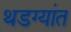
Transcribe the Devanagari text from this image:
थडग्यांत